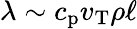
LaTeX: \lambda\sim c_{\mathrm{p}}v_{\mathrm{T}}\rho\ell